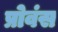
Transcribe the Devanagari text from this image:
प्रोवंस